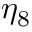
\eta _ { 8 }